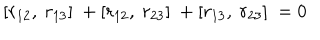
[ r _ { 1 2 } , ~ r _ { 1 3 } ] ~ + [ r _ { 1 2 } , ~ r _ { 2 3 } ] ~ + [ r _ { 1 3 } , ~ r _ { 2 3 } ] ~ = 0